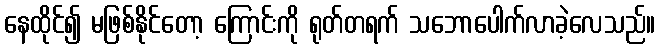
နေထိုင်၍ မဖြစ်နိုင်တော့ ကြောင်းကို ရုတ်တရက် သဘောပေါက်လာခဲ့လေသည်။